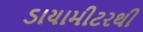
ડાયામીટરથી